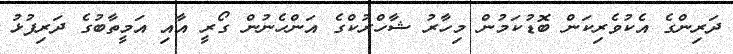
ދަރިންގެ އެކުވެރިކަން ބޮޑުކަމުން މިހާރު ޝާހްރުކްގެ އަންހެނުން ގޯރީ އާއި އަމީތާބުގެ ދަރިފުޅު